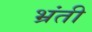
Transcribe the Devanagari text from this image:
भ्रंती